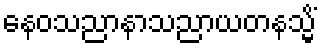
နေဝသညာနာသညာယတနသ္မိံ